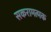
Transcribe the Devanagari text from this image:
सकरामत्मक